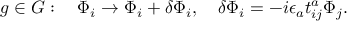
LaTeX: g \in G : \quad \Phi _ { i } \to \Phi _ { i } + \delta \Phi _ { i } , \quad \delta \Phi _ { i } = - i \epsilon _ { a } t _ { i j } ^ { a } \Phi _ { j } .